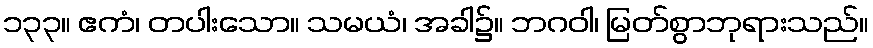
၁၃၃။ ဧကံ၊ တပါးသော။ သမယံ၊ အခါ၌။ ဘဂဝါ၊ မြတ်စွာဘုရားသည်။